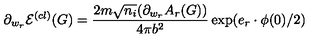
\partial _ { w _ { r } } \mathcal { E } ^ { ( c l ) } ( G ) = \frac { 2 m \sqrt { n _ { i } } ( \partial _ { w _ { r } } A _ { r } ( G ) ) } { 4 \pi b ^ { 2 } } \exp ( e _ { r } \cdot \phi ( 0 ) / 2 )